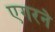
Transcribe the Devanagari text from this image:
एगरने